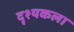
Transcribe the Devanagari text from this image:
दृश्‍यकला